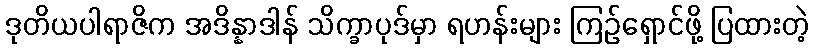
ဒုတိယပါရာဇိက အဒိန္နာဒါန် သိက္ခာပုဒ်မှာ ရဟန်းများ ကြဉ်ရှောင်ဖို့ ပြထားတဲ့